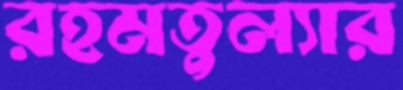
রহমতুল্যার